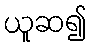
ယူဆ၍